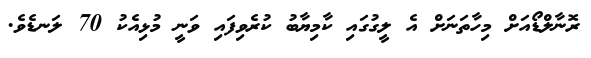
ރޮނާލްޑޯއަށް މިހާތަނަށް އެ ލީގުގައި ކާމިޔާބު ކުރެވިފައި ވަނީ މުޅިއެކު 70 ލަނޑެވެ.